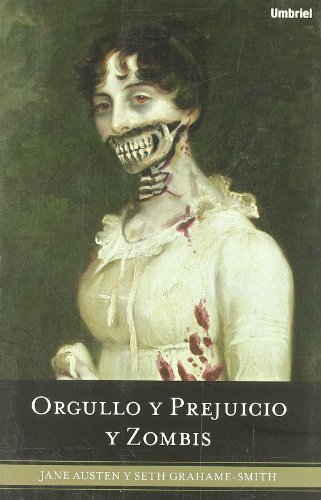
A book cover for Orgullo y prejuicio y zombis (Spanish Edition); Seth Grahame-Smith; Literature & Fiction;